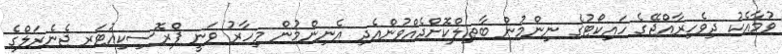
ވުމާއެކު ދިވެހިރާއްޖޭގެ ހައިކޯޓުގެ ނިންމުން ބާޠިލްކޮށްދެއްވުންއެދި އެނިންމުން މިހާރު ވަނީ ޕްރޮސިކިއުޓަރ ޖެނެރަލްގެ